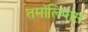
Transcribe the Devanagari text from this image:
तमॉलिपास